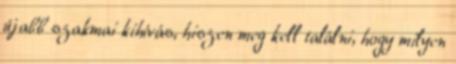
újabb szakmai kihívás, hiszen meg kell találni, hogy milyen